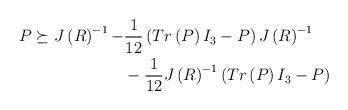
LaTeX: \begin{align*}\begin{aligned}P \succeq J \left( R \right)^{-1} -&\frac{1}{12} \left( Tr \left( P \right) I_3 - P \right) J \left( R \right)^{-1} \\&-\frac{1}{12} J \left( R \right)^{-1} \left( Tr \left( P \right) I_3 - P \right) \end{aligned}\end{align*}